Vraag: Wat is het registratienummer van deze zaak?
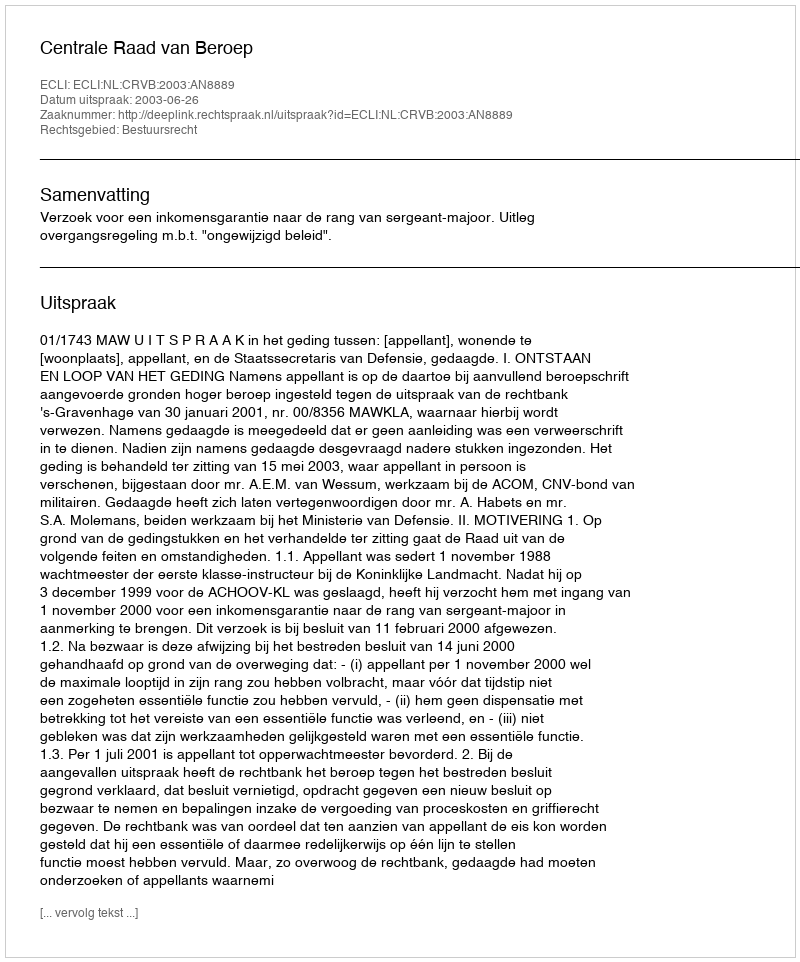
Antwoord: http://deeplink.rechtspraak.nl/uitspraak?id=ECLI:NL:CRVB:2003:AN8889